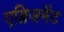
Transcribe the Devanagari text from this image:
एब्रिजमेंट